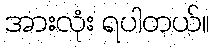
အားလုံး ရပါတယ်။